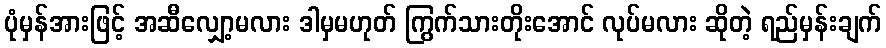
ပုံမှန်အားဖြင့် အဆီလျှော့မလား ဒါမှမဟုတ် ကြွက်သားတိုးအောင် လုပ်မလား ဆိုတဲ့ ရည်မှန်းချက်